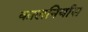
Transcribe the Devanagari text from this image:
कालनिर्यास